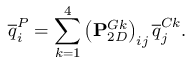
\overline { { q } } _ { i } ^ { P } = \sum _ { k = 1 } ^ { 4 } \left( \mathbf { P } _ { 2 D } ^ { G k } \right) _ { i j } \overline { { q } } _ { j } ^ { C k } .